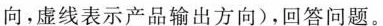
向，虚线表示产品输出方向)，回答问题。